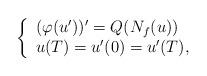
LaTeX: \begin{align*}\left\{\begin{array}{lll}(\varphi(u' ))' = Q(N_{f}(u)) & & \\u(T)=u'(0)=u'(T), \end{array}\right.\end{align*}